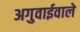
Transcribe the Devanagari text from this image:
अगुवाईवाले